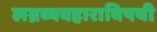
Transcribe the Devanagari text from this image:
लग्नव्यवहाराविषयी